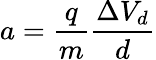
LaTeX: a=\frac{q}{m}\frac{\Delta V_{d}}{d}